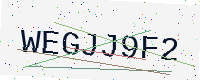
Text: WEGJJ9F2